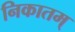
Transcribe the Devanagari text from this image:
निकातम्